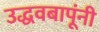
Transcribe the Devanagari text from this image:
उद्धवबापूंनी